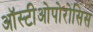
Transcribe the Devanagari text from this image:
ऑस्टीओपोरोसिस